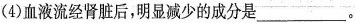
(4)血液流经肾脏后，明显减少的成分是___。